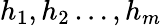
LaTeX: h_{1},h_{2}\ldots,h_{m}